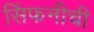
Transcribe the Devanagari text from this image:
सिंफनीची